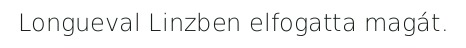
Longueval Linzben elfogatta magát.